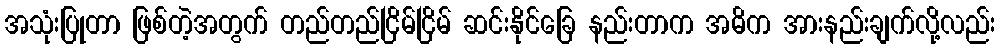
အသုံးပြုတာ ဖြစ်တဲ့အတွက် တည်တည်ငြိမ်ငြိမ် ဆင်းနိုင်ခြေ နည်းတာက အဓိက အားနည်းချက်လို့လည်း